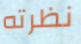
نظرته